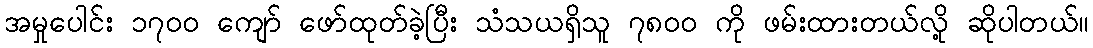
အမှုပေါင်း ၁၇၀၀ ကျော် ဖော်ထုတ်ခဲ့ပြီး သံသယရှိသူ ၇၈၀၀ ကို ဖမ်းထားတယ်လို့ ဆိုပါတယ်။